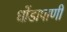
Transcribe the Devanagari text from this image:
धोंडापाणी